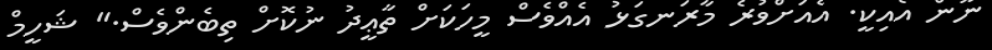
ނޫން އެއިކީ. އެއަށްވުރެ މާރަނގަޅު އެއްވެސް މީހަކަށް ތާޢީދު ނުކޮށް ތިބެންވެސް." ޝަހީމް